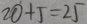
2 0 + 5 = 2 5